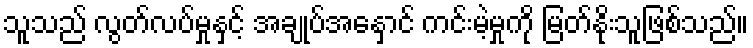
သူသည် လွတ်လပ်မှုနှင့် အချုပ်အနှောင် ကင်းမဲ့မှုကို မြတ်နိုးသူဖြစ်သည်။